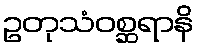
ဥတုသံဝစ္ဆရာနိ